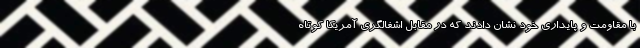
با مقاومت و پایداری خود نشان دادند که در مقابل اشغالگری آمریکا کوتاه